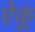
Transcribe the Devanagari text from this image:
ऐकूं